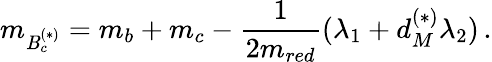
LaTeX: m_{\mathit{B}_{c}^{(*)}}=m_{b}+m_{c}-\frac{{1}}{{2m_{red}}}(\lambda_{1}+d_{M}^{(*)}\lambda_{2})\, .